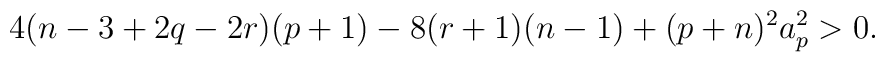
4(n-3+2q-2r)(p+1)-8(r+1)(n-1)+(p+n)^2a^2_p>0.